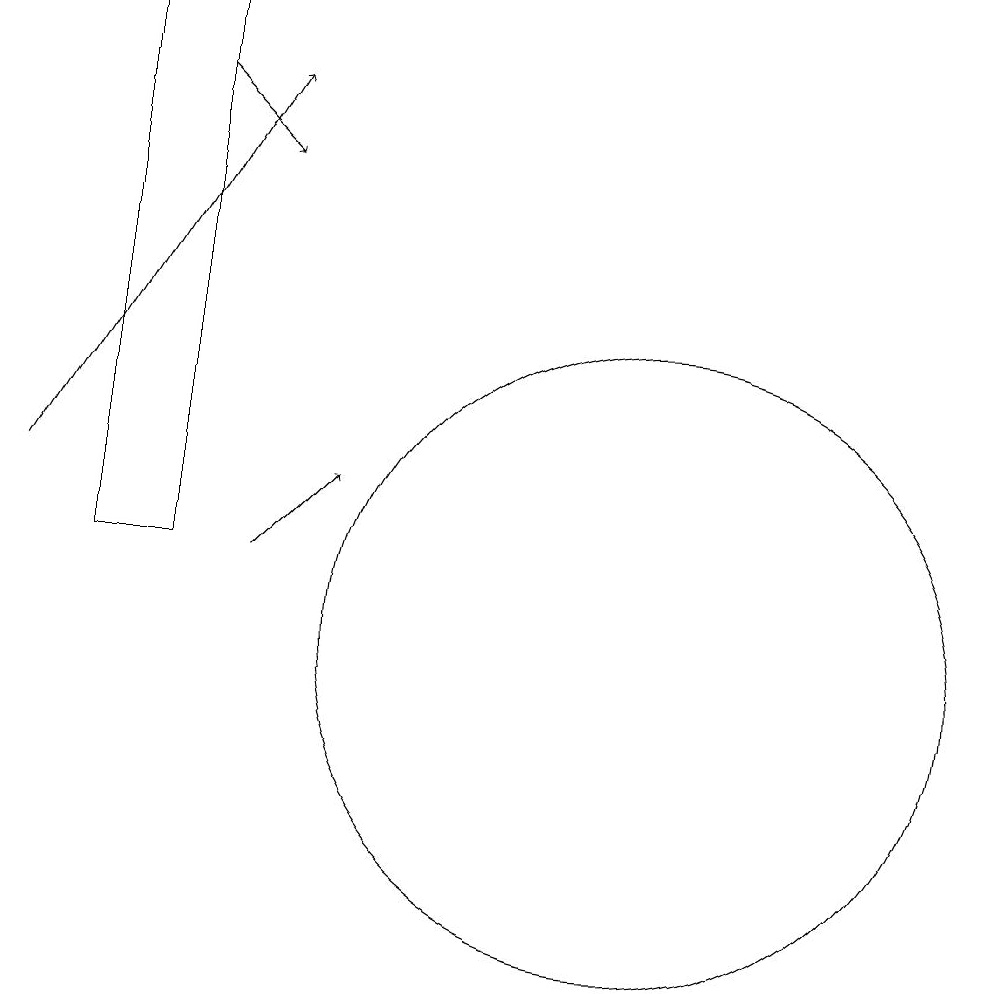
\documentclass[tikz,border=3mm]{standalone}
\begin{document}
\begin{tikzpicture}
\draw[->] (4,12) -- (7,17);
\draw (12,10) circle (4);
\draw[->] (7,11) -- (8,12);
\draw (5,11) rectangle (6,18);
\draw[->] (6,17) -- (7,16);
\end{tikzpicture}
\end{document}